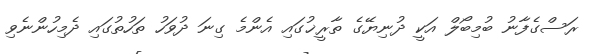
ރަސްގެފާނު ބުމިބޯލް އަކީ ދުނިޔޭގެ ތާރީޚުގައި އެންމެ ގިނަ ދުވަހު ތަހުތުގައި ދެމިހުންނެވި